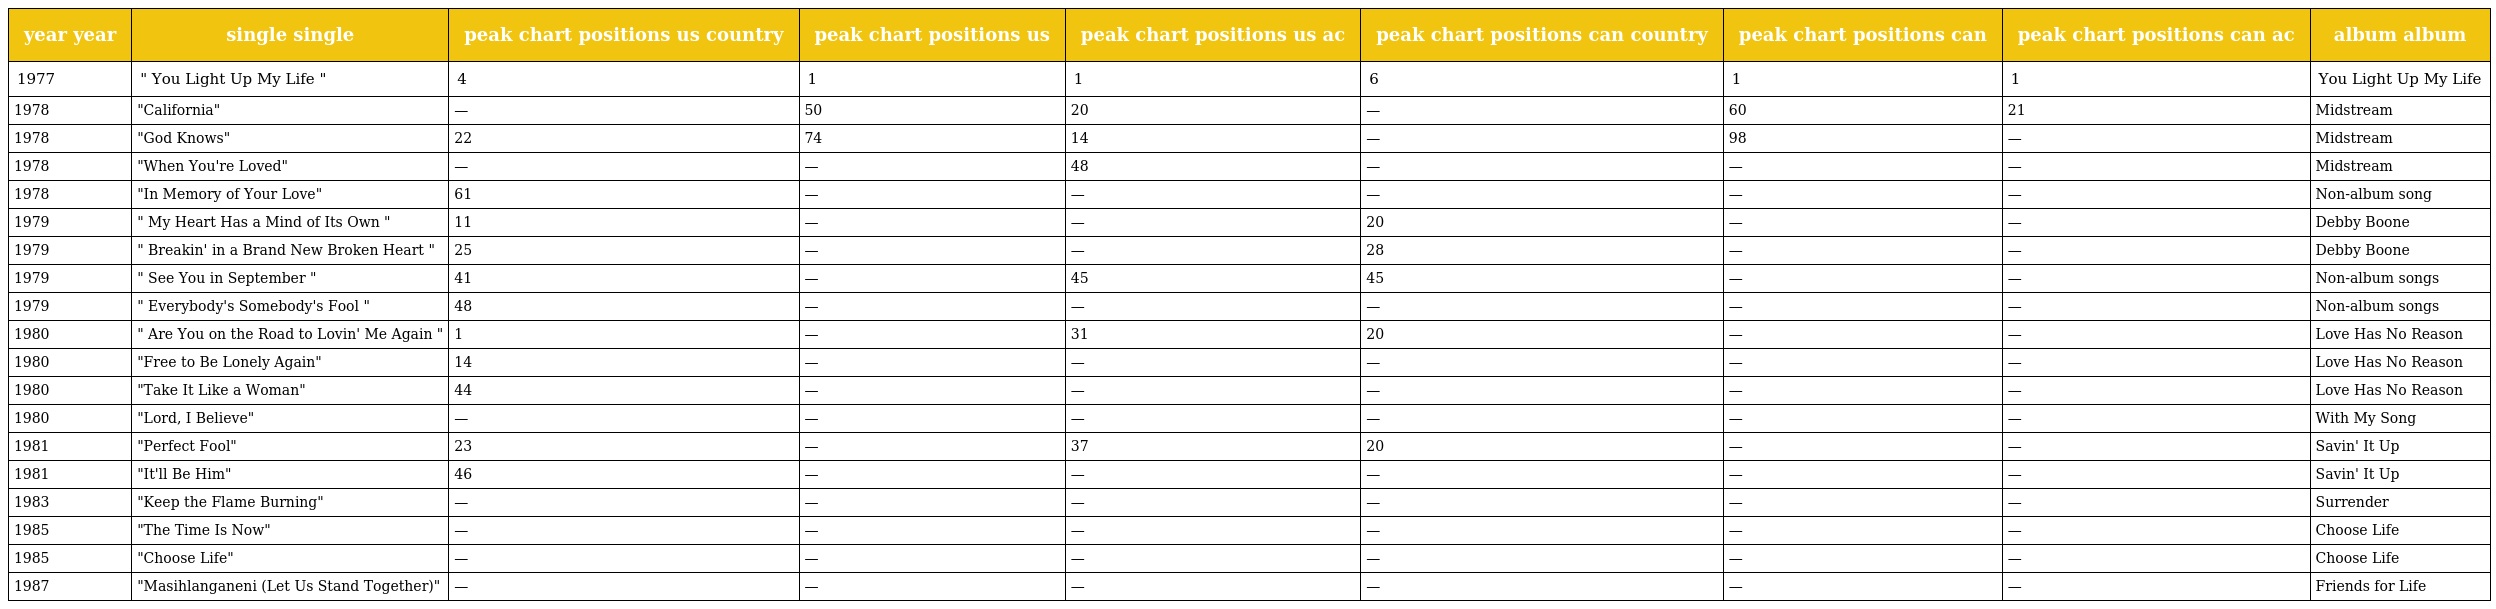
| year year | single single | peak chart positions us country | peak chart positions us | peak chart positions us ac | peak chart positions can country | peak chart positions can | peak chart positions can ac | album album |
 | --- | --- | --- | --- | --- | --- | --- | --- | --- |
 | 1977 | " You Light Up My Life " | 4 | 1 | 1 | 6 | 1 | 1 | You Light Up My Life |
 | 1978 | "California" | — | 50 | 20 | — | 60 | 21 | Midstream |
 | 1978 | "God Knows" | 22 | 74 | 14 | — | 98 | — | Midstream |
 | 1978 | "When You're Loved" | — | — | 48 | — | — | — | Midstream |
 | 1978 | "In Memory of Your Love" | 61 | — | — | — | — | — | Non-album song |
 | 1979 | " My Heart Has a Mind of Its Own " | 11 | — | — | 20 | — | — | Debby Boone |
 | 1979 | " Breakin' in a Brand New Broken Heart " | 25 | — | — | 28 | — | — | Debby Boone |
 | 1979 | " See You in September " | 41 | — | 45 | 45 | — | — | Non-album songs |
 | 1979 | " Everybody's Somebody's Fool " | 48 | — | — | — | — | — | Non-album songs |
 | 1980 | " Are You on the Road to Lovin' Me Again " | 1 | — | 31 | 20 | — | — | Love Has No Reason |
 | 1980 | "Free to Be Lonely Again" | 14 | — | — | — | — | — | Love Has No Reason |
 | 1980 | "Take It Like a Woman" | 44 | — | — | — | — | — | Love Has No Reason |
 | 1980 | "Lord, I Believe" | — | — | — | — | — | — | With My Song |
 | 1981 | "Perfect Fool" | 23 | — | 37 | 20 | — | — | Savin' It Up |
 | 1981 | "It'll Be Him" | 46 | — | — | — | — | — | Savin' It Up |
 | 1983 | "Keep the Flame Burning" | — | — | — | — | — | — | Surrender |
 | 1985 | "The Time Is Now" | — | — | — | — | — | — | Choose Life |
 | 1985 | "Choose Life" | — | — | — | — | — | — | Choose Life |
 | 1987 | "Masihlanganeni (Let Us Stand Together)" | — | — | — | — | — | — | Friends for Life |